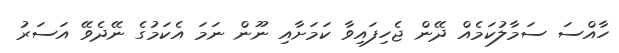
ހާއްސަ ސަމާލުކަމެއް ދޭން ޖެހިފައިވާ ކަމަށާއި ނޫން ނަމަ އެކަމުގެ ނޭދެވޭ އަސަރު